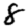
Digit: 8